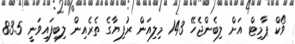
ވޯކް ޕާމިޓް އަށް ލިބެންޖެހޭ 143 މިލިއަން ރުފިޔާގެ ތެރެއިން ލިބިފައިވަނީ 83.5